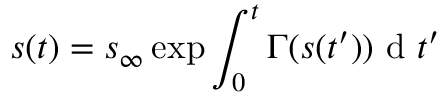
s ( t ) = s _ { \infty } \exp { \int _ { 0 } ^ { t } \Gamma ( s ( t ^ { \prime } ) ) \mathrm { ~ d ~ } t ^ { \prime } }